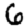
Digit: 6